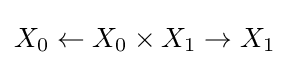
X_{0}\leftarrow X_{0}\times X_{1}\rightarrow X_{1}